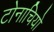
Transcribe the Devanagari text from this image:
टोनाचियो